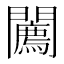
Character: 𨷓